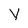
Character: V